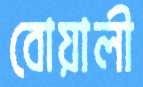
বোয়ালী